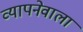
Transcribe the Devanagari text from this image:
व्यापनेवाला